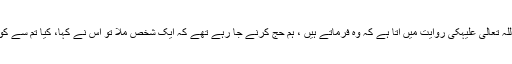
جیسا کہ حضرت سیدنا صالح ابن درہم رَحْمَۃُ اللہ تَعَالٰی عَلَیْہِکی روایت میں آتا ہے کہ وہ فرماتے ہیں ، ہم حج کرنے جا رہے تھے کہ ایک شخص ملا تو اس نے کہا، کیا تم سے کوئی قریب بستی ہے جسے ’’اُبُلّہ‘‘کہا جاتاہے ۔